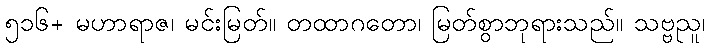
၅၁၆+ မဟာရာဇ၊ မင်းမြတ်။ တထာဂတော၊ မြတ်စွာဘုရားသည်။ သဗ္ဗညူ၊